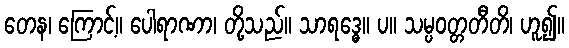
တေန၊ ကြောင့်။ ပေါရာဏာ၊ တို့သည်။ သာရဒ္ဓေ။ ပ။ သမ္ပဝတ္တတီတိ၊ ဟူ၍။